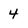
Character: 4